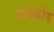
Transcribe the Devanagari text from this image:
एनकोड़